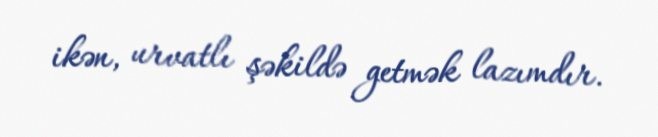
ikən, urvatlı şəkildə getmək lazımdır.